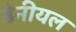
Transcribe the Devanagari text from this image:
डेनीयल